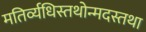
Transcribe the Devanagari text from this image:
मतिर्व्यधिस्तथोन्मदस्तथा